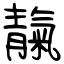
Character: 靝